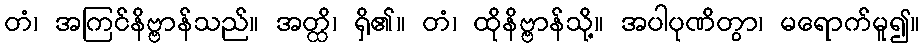
တံ၊ အကြင်နိဗ္ဗာန်သည်။ အတ္ထိ၊ ရှိ၏။ တံ၊ ထိုနိဗ္ဗာန်သို့။ အပါပုဏိတွာ၊ မရောက်မူ၍။